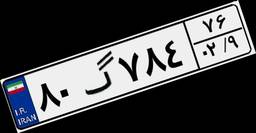
۸۰گ۷۸۴۷۶